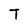
Character: T